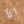
اذا